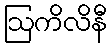
ဩကိလိနီ